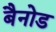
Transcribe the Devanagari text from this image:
बैनोड